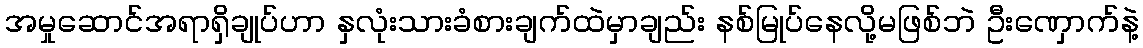
အမှုဆောင်အရာရှိချုပ်ဟာ နှလုံးသားခံစားချက်ထဲမှာချည်း နစ်မြုပ်နေလို့မဖြစ်ဘဲ ဦးဏှောက်နဲ့